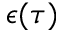
\epsilon ( \tau )